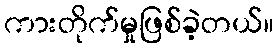
ကားတိုက်မှုဖြစ်ခဲ့တယ်။